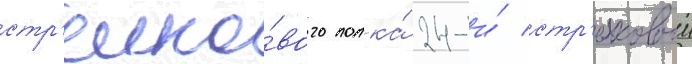
стр'елко́вого полка́ 24-и́ стр'елковои